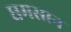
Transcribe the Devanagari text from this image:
घमसान